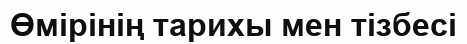
Өмірінің тарихы мен тізбесі